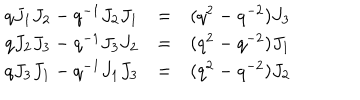
LaTeX: \begin{array} { l c r } { { q J _ { 1 } J _ { 2 } - q ^ { - 1 } J _ { 2 } J _ { 1 } } } & { { = } } & { { ( q ^ { 2 } - q ^ { - 2 } ) J _ { 3 } } } \\ { { q J _ { 2 } J _ { 3 } - q ^ { - 1 } J _ { 3 } J _ { 2 } } } & { { = } } & { { ( q ^ { 2 } - q ^ { - 2 } ) J _ { 1 } } } \\ { { q J _ { 3 } J _ { 1 } - q ^ { - 1 } J _ { 1 } J _ { 3 } } } & { { = } } & { { ( q ^ { 2 } - q ^ { - 2 } ) J _ { 2 } } } \\ \end{array}